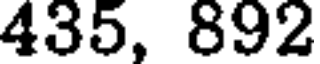
435, 892